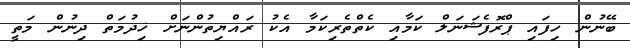
ބޭނުން ހިފައި ޕްރޮފެޝަނަލް ކަމާއި ކެތްތެރިކަމާ އެކު ރައްޔިތުންނަށް ޚިދުމަތް ދިނުން މަތީ